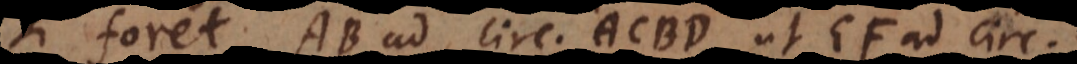
si foret AB ad circulum ACBD, ut EF ad cir